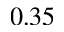
0 . 3 5